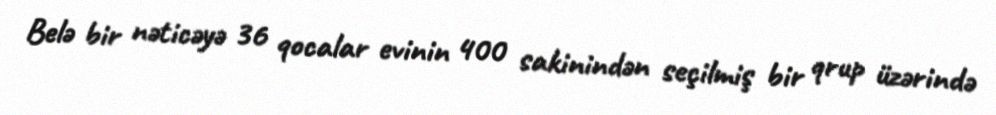
Belə bir nəticəyə 36 qocalar evinin 400 sakinindən seçilmiş bir qrup üzərində